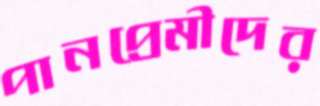
পানপ্রেমীদের